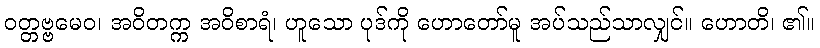
ဝတ္တဗ္ဗမေဝ၊ အဝိတက္က အဝိစာရံ၊ ဟူသော ပုဒ်ကို ဟောတော်မူ အပ်သည်သာလျှင်။ ဟောတိ၊ ၏။